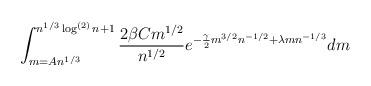
LaTeX: \begin{align*} \int_{m=An^{1/3}}^{n^{1/3}\log^{(2)} n+1} \frac{2 \beta C m^{1/2}}{n^{1/2}} e^{-\frac{\gamma}{2} m^{3/2}n^{-1/2}+ \lambda mn^{-1/3}} dm \end{align*}